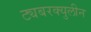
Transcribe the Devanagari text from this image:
ट्यबरक्युलीन